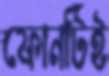
ফোনটিই